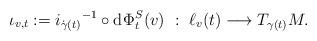
LaTeX: \begin{align*}\iota_{v,t}:={i_{\dot{\gamma}(t)}}^{-1}\circ {\rm d}\hskip 1pt \Phi_t^{S}(v)~:~\ell_v(t)\longrightarrow T_{\gamma(t)}M. \end{align*}